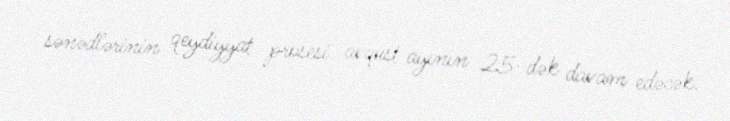
sənədlərinin qeydiyyat prosesi avqust ayının 25-dək davam edəcək.